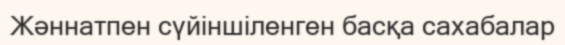
Жәннатпен сүйіншіленген басқа сахабалар